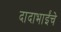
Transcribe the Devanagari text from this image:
दादाभाईंचे